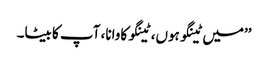
’’میں ٹینگو ہوں، ٹینگو کاوانا، آپ کا بیٹا۔